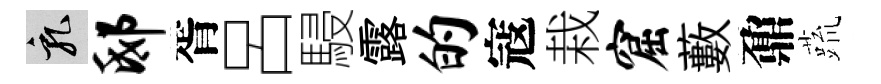
乳邸胥呂駸露的寇栽窟藪鼐蔬